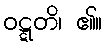
ဝဋ္ဋတိ၊ ၏။